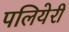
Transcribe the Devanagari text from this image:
पलियेरी